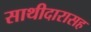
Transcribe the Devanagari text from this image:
साथीदारासह